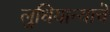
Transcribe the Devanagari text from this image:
लुधियान्याचे